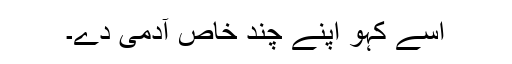
اسے کہو اپنے چند خاص آدمی دے۔